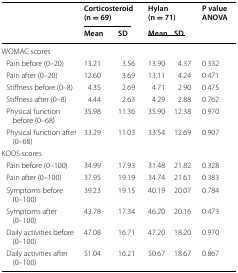
| <ROWSPAN=2>  | <COLSPAN=2> Corticosteroid (n = 69) | <COLSPAN=2> Hylan (n = 71) | <ROWSPAN=2> P value ANOVA |
 | Mean | SD | Mean | SD |
 | --- | --- | --- | --- | --- | --- |
 | <COLSPAN=6> WOMAC scores |
 | Pain before (0–20) | 13.21 | 3.56 | 13.90 | 4.37 | 0.332 |
 | Pain after (0–20) | 12.60 | 3.69 | 13.11 | 4.24 | 0.471 |
 | Stiffness before (0–8) | 4.35 | 2.69 | 4.71 | 2.90 | 0.475 |
 | Stiffness after (0–8) | 4.44 | 2.63 | 4.29 | 2.88 | 0.762 |
 | Physical function before (0–68) | 35.98 | 11.36 | 35.90 | 12.38 | 0.970 |
 | Physical function after (0–68) | 33.29 | 11.03 | 33.54 | 12.69 | 0.907 |
 | <COLSPAN=6> KOOS scores |
 | Pain before (0–100) | 34.99 | 17.93 | 31.48 | 21.82 | 0.328 |
 | Pain after (0–100) | 37.95 | 19.19 | 34.74 | 21.61 | 0.383 |
 | Symptoms before (0–100) | 39.23 | 19.15 | 40.19 | 20.07 | 0.784 |
 | Symptoms after (0–100) | 43.78 | 17.34 | 46.20 | 20.16 | 0.473 |
 | Daily activities before (0–100) | 47.08 | 16.71 | 47.20 | 18.20 | 0.970 |
 | Daily activities after (0–100) | 51.04 | 16.21 | 50.67 | 18.67 | 0.867 |